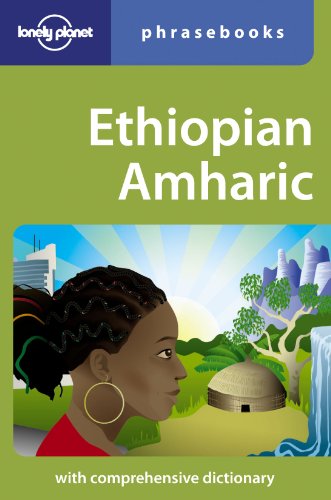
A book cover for Ethiopian Amharic (Lonely Planet Phrasebooks); Lonely Planet; Travel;